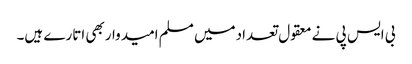
بی ایس پی نے معقول تعدادمیں مسلم امیدواربھی اتارے ہیں۔